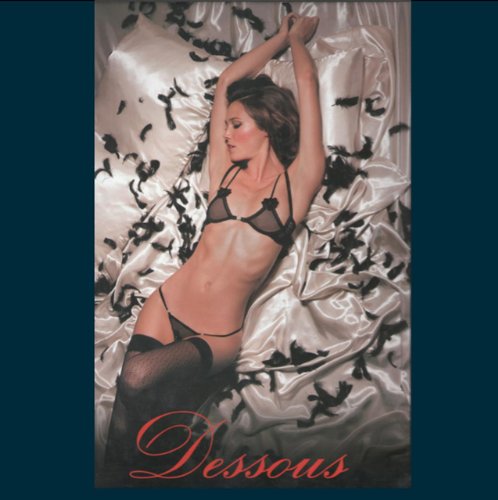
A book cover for Dessous; Humor & Entertainment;